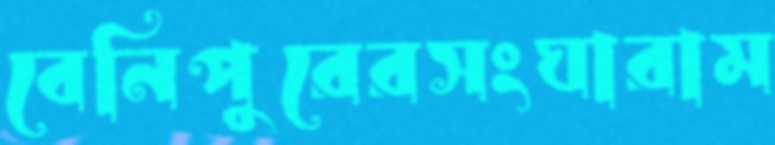
বেনিপুরেরসংঘারাম